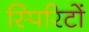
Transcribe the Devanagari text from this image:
स्पिरिटों